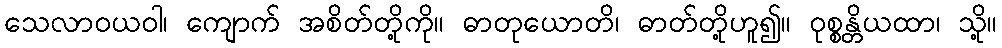
သေလာဝယဝါ၊ ကျောက် အစိတ်တို့ကို။ ဓာတုယောတိ၊ ဓာတ်တို့ဟူ၍။ ဝုစ္စန္တိယထာ၊ သို့။